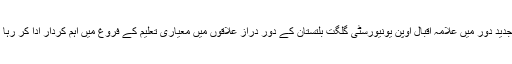
اس جدید دور میں علامہ اقبال اوپن یونیورسٹی گلگت بلتستان کے دور دراز علاقوں میں معیاری تعلیم کے فروغ میں اہم کردار ادا کر رہا ہے۔